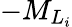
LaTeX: -{M}_{L_{i}}